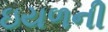
ઇયળની